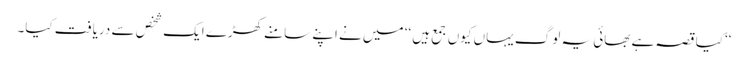
‘‘کیا قصہ ہے بھائی یہ لوگ یہاں کیوں جمع ہیں ‘‘ میں نے اپنے سامنے کھڑے ایک شخص سے دریافت کیا۔